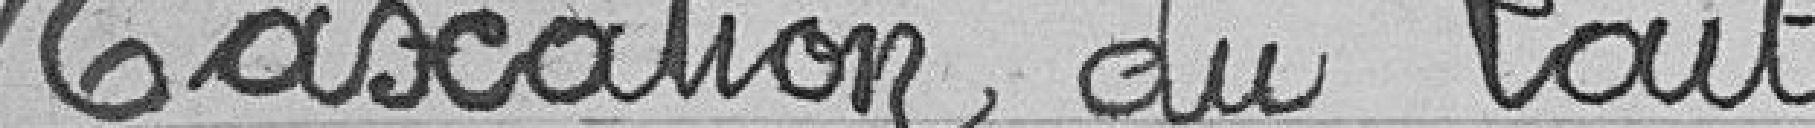
Taxation du lait